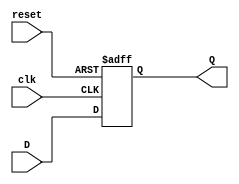
/********************************************************
*	Project:		010110 Non Overlapping Sequence Detector
*	Designer:	Liam Gogley
*	Rev. Date:	2016-02-11
*
*	Purpose:		The D Flip flop asserts two states, 
*					allowing for a single bit, either a 
*					0 or a 1 to be carried to the output Q,
*					if	reset set Q to a one bit 0.
*
*	Notes:		Four of these DFFs, allow for the data 
*					outputs of Q to be pushed back or 
*					carried through depending on their 	
*					conditions.
********************************************************/
`timescale 1ns / 1ps

module D_FF( clk, reset, D, Q );

	input clk, reset; 
	// Input data 'D'
	input D;
	// Output data 'Q'
	output reg Q;
	
	/* Positive edge triggered by clock or reset */
	always@(posedge clk or posedge reset)
	begin
	// If reset is active high, then assert Q as 0
		if ( reset == 1'b1 )
				Q <= 1'b0;
	// Else, assert blocking code to allow Q to equal 
	// input of D.
		else
				Q <= D;
	end
endmodule